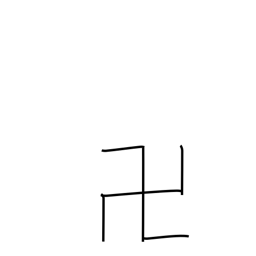
Meaning: gammadion